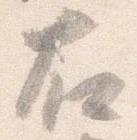
右